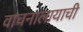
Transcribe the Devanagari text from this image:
वाचनालायाची